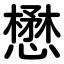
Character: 懋